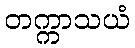
တက္ကာသယံ